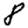
Digit: 8